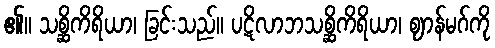
၏။ သစ္ဆိကိရိယာ၊ ခြင်းသည်။ ပဋိလာဘသစ္ဆိကိရိယာ၊ ဈာန်မဂ်ကို